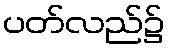
ပတ်လည်၌